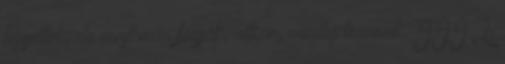
figyelték, de most már fogják, ritkán, mindig tervezik. III.2.